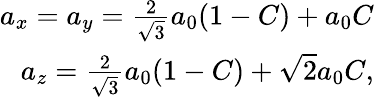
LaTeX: \begin{array}{r}{a_{x}=a_{y}=\frac{2}{\sqrt{3}}a_{0}(1-C)+a_{0}C}\\ {a_{z}=\frac{2}{\sqrt{3}}a_{0}(1-C)+\sqrt{2}a_{0}C,}\end{array}